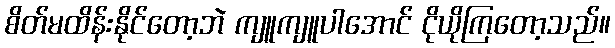
စိတ်မထိန်းနိုင်တော့ဘဲ ကျူကျူပါအောင် ငိုယိုကြတော့သည်။